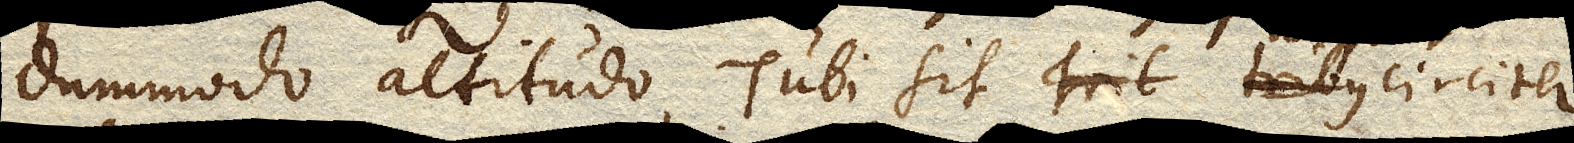
dummodo altitudo Tubi sit tribus circiter